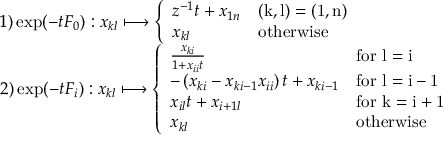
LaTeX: \begin{array} { l } { { 1 ) \exp ( - t F _ { 0 } ) : x _ { k l } \longmapsto \left\{ \begin{array} { l l } { { z ^ { - 1 } t + x _ { 1 n } } } & { { \mathrm { ( k , l ) = ( 1 , n ) } } } \\ { { x _ { k l } } } & { { \mathrm { o t h e r w i s e } } } \end{array} \right. } } \\ { { 2 ) \exp ( - t F _ { i } ) : x _ { k l } \longmapsto \left\{ \begin{array} { l l } { { \frac { x _ { k i } } { 1 + x _ { i i } t } } } & { { \mathrm { f o r ~ l = i ~ } } } \\ { { - \left( x _ { k i } - x _ { k i - 1 } x _ { i i } \right) t + x _ { k i - 1 } } } & { { \mathrm { f o r ~ l = i - 1 ~ } } } \\ { { x _ { i l } t + x _ { i + 1 l } } } & { { \mathrm { f o r ~ k = i + 1 ~ } } } \\ { { x _ { k l } } } & { { \mathrm { o t h e r w i s e } } } \end{array} \right. } } \end{array}